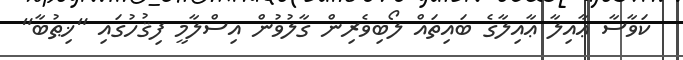
ކަވާސާ ޢާއިލާ ޢާއިލާގެ ބައިތައް ލޯބިވެރިން ގާލުވުން އިސްލާމީ ފިޤުހުގައި "ޚިޠުބާ"